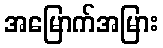
အမြောက်အမြား